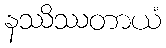
နဿိဿတာယံ